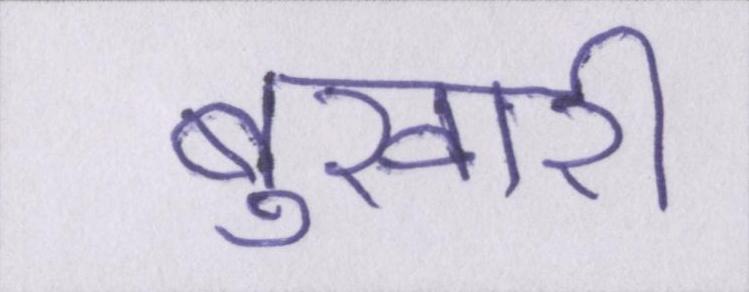
बुखारी